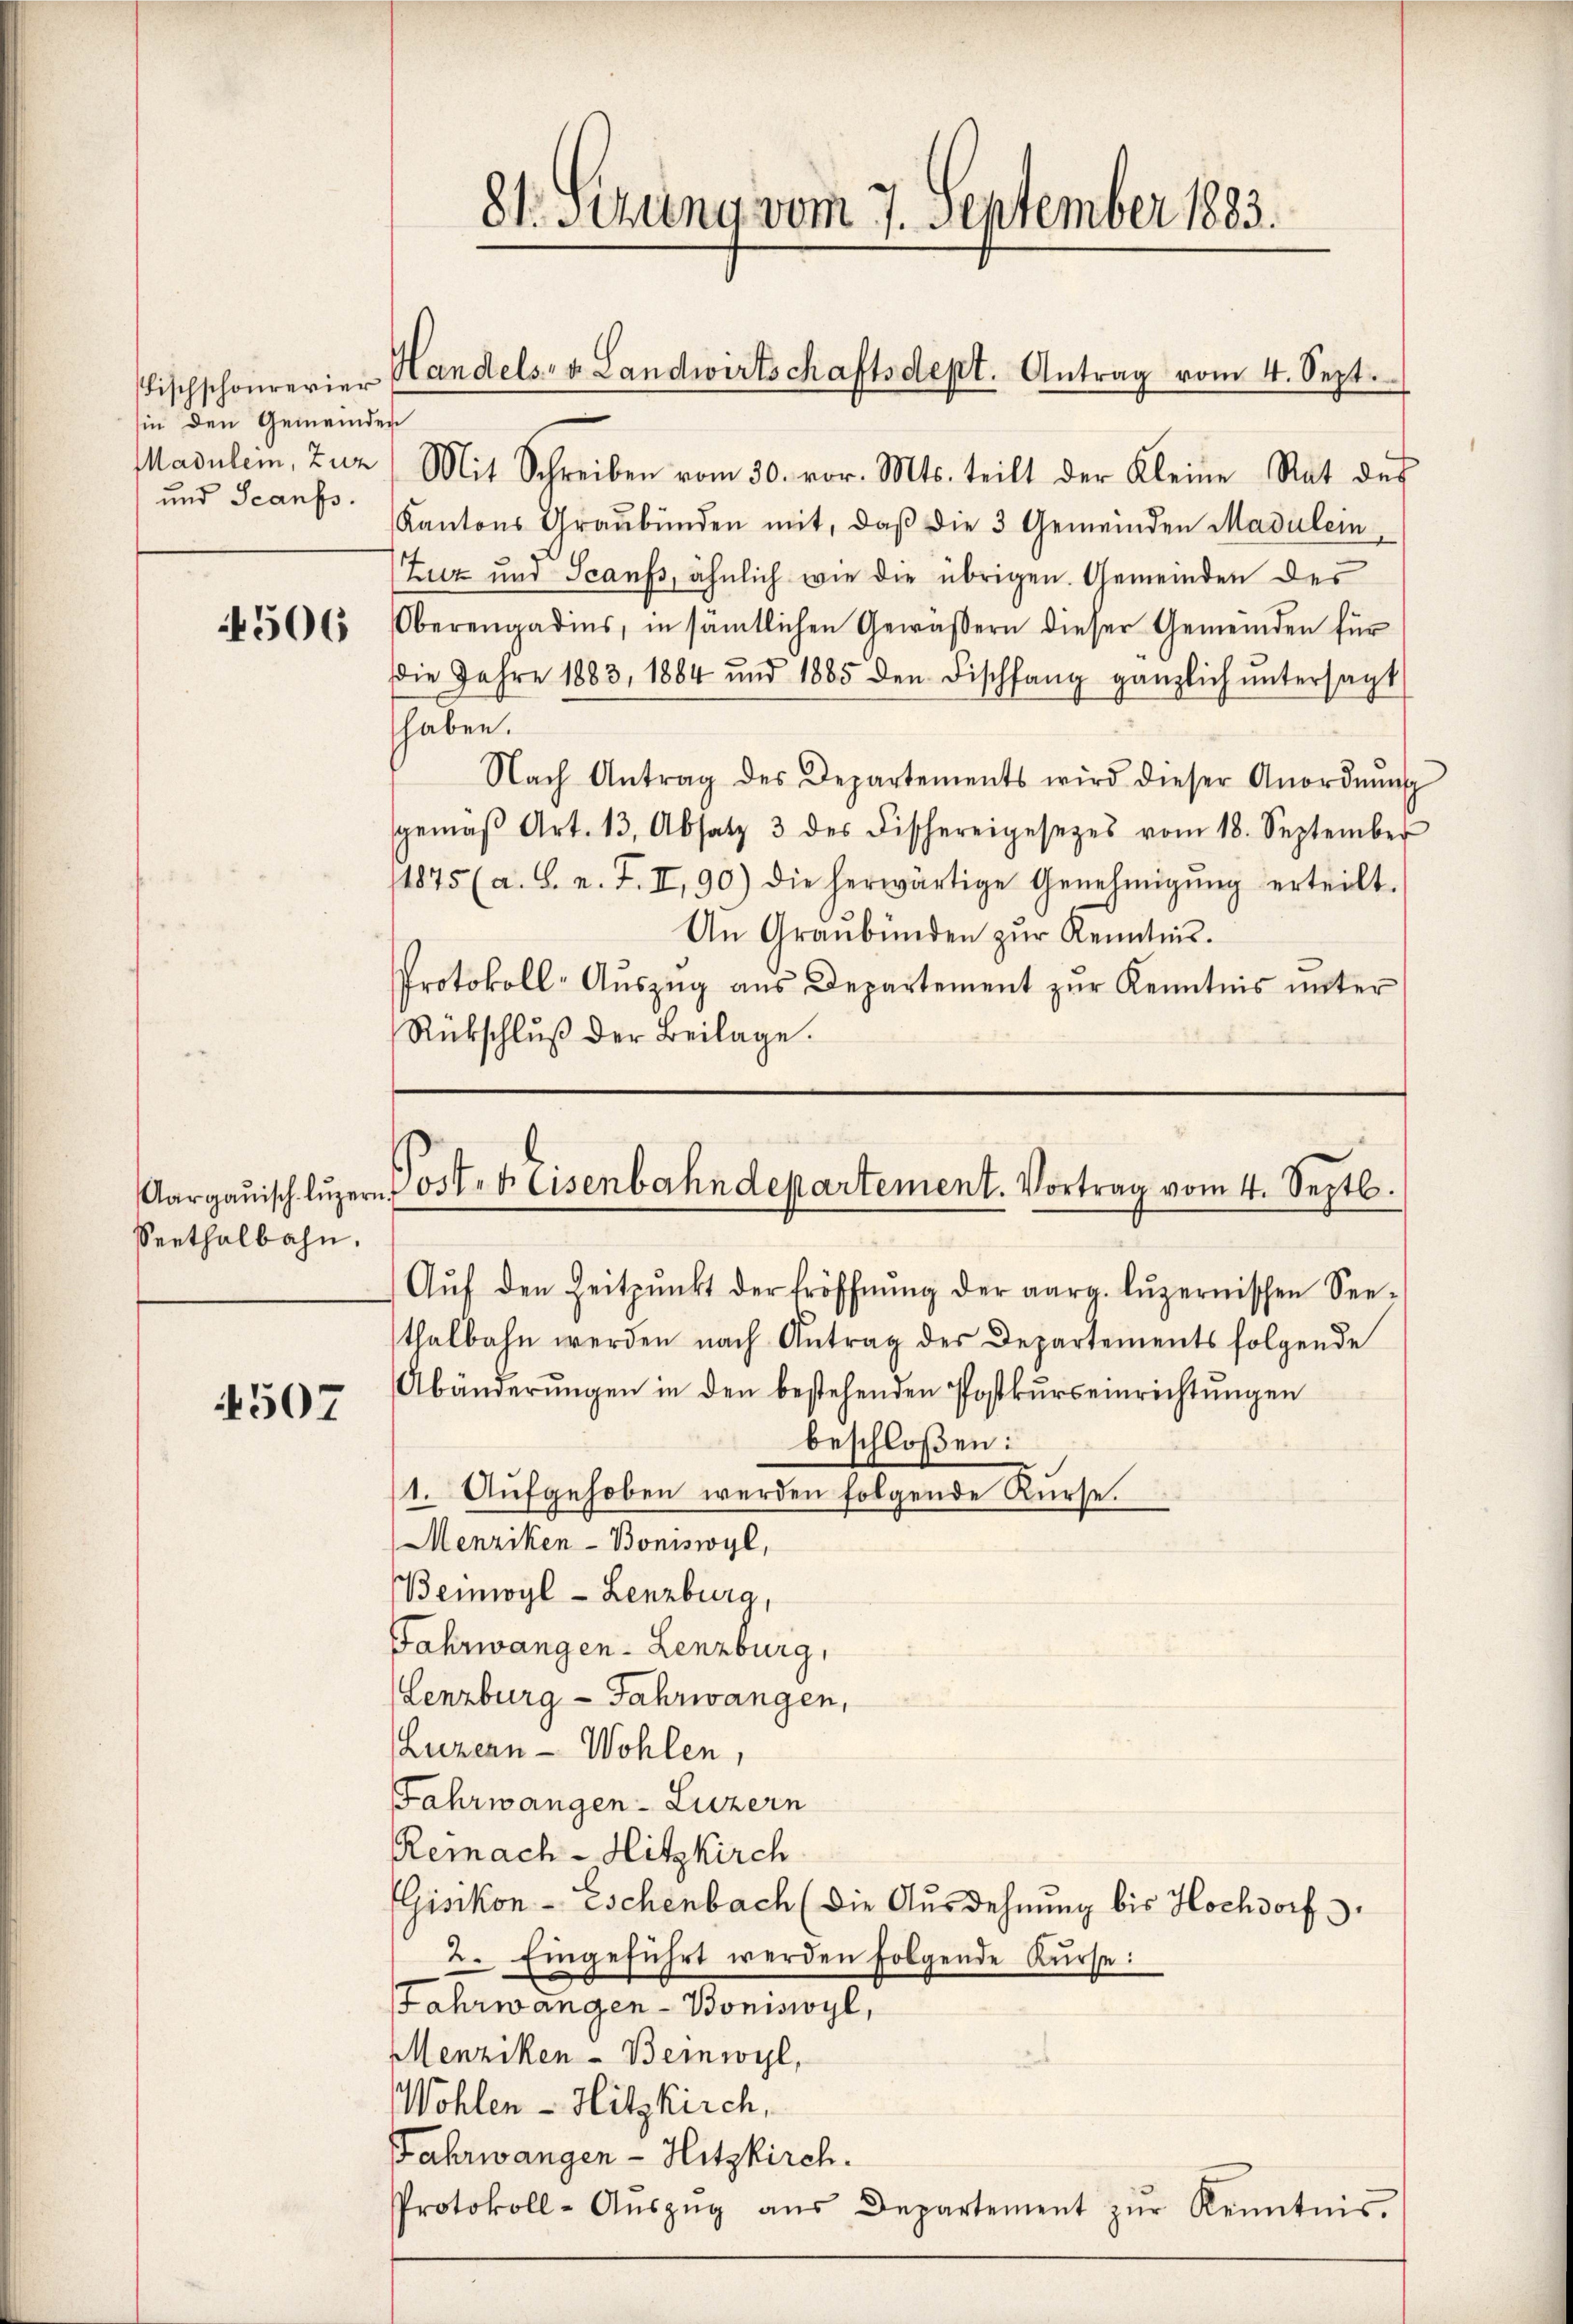
Fischschaurerier
hin den Gemeinden
Madulen, zuz
und Scanfs.

4506

Seethalbahn.

4507

81 Serieng vom 7. September 1883.

Handels- & Landwirtschaftsdept. Antrag vom 4. Sept.

Mit Schreiben vom 30. vor. Mts. teilt der Kleine Rat des
Kantons Graubünden mit, daβ die 3 Gemeinden Madulein¬
Zuz und Scanfs, ähnlich wie die übrigen. Gemeinden des
Oberengadins, in sämtlichen Gewäßern dieser Gemeinden für
Die Jahre 1883, 1884 und 1885 den Fischfang gänzlich ŭntersagt
haben.
Nach Antrag des Departements wird dieser Anordnŭng
gemäβ Art. 13, Absatz 3 des Fischereigesetzes vom 18. September
11875 (a. S. n. F. II, 90) die herwärtige Genehmigŭng erteilt.
An Graubünden zur Kenntnis.
Protokoll-Aŭszŭg aŭs Departement zŭr Kenntnis ŭnter
Rückschlŭβ der Beilage.

Aargauisch Lŭzern Post. b. Eisenbahndepartement. Vortrag vom 4. Septb.

Aŭf den Zeitpunkt der Eröffnŭng der aarg. Lŭzernischen See-
thalbahn werden nach Antrag der Departements folgende
Abänderŭngen in den bestehenden Postkŭrseinrichtŭngen
beschloßen:
1. Aŭfgehoben werden folgende Kürse.
Menziken- Boniswyl,
Beimoyl- Lenzburg,
Fahrwangen - Lenzburg,
Lenzburg - Jahrwangen,
Luzern Wohlen,
Fahrwangen Luzern
Reinach - Hitzkirch
(Gisikon - Eschenbach (die Ausdehnung bis Hochdorf
2. Eingeführt werden folgende Kurse:
Jahrwangen - Boniswyl,
Menziken - Beinwyl,
Wohlen - Hitzkirch,
Fahrwangen - Hitzkirch.
Protokoll-Aŭszŭg aŭs Departement zŭr Kenntnis.